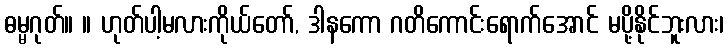
ဓမ္မဂုတ်။ ။ ဟုတ်ပါ့မလားကိုယ်တော်, ဒါနကော ဂတိကောင်းရောက်အောင် မပို့နိုင်ဘူးလား၊